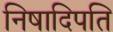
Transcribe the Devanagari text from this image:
निषादिपति